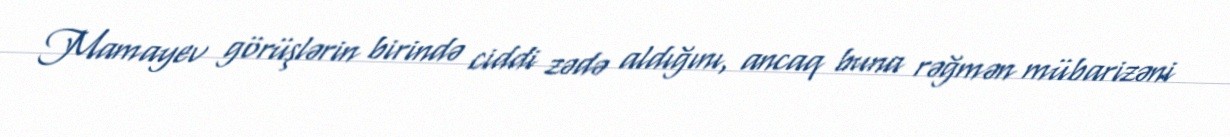
Mamayev görüşlərin birində ciddi zədə aldığını, ancaq buna rəğmən mübarizəni